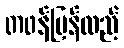
တဖန်ပြန်လည်